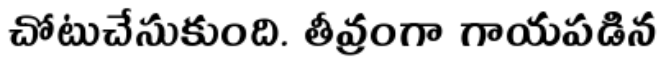
చోటుచేసుకుంది. తీవ్రంగా గాయపడిన